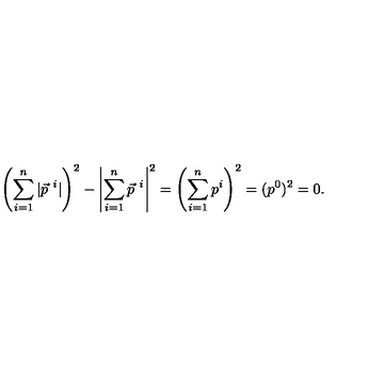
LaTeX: \left( \sum _ { i = 1 } ^ { n } | \vec { p } ^ { \ i } | \right) ^ { 2 } - \left| \sum _ { i = 1 } ^ { n } \vec { p } ^ { \ i } \right| ^ { 2 } = \left( \sum _ { i = 1 } ^ { n } p ^ { i } \right) ^ { 2 } = ( p ^ { 0 } ) ^ { 2 } = 0 .